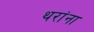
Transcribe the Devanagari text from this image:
थरांना